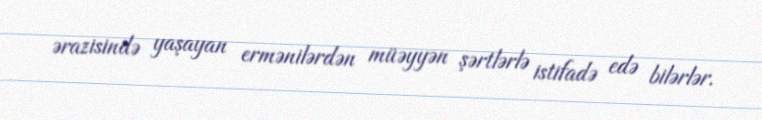
ərazisində yaşayan ermənilərdən müəyyən şərtlərlə istifadə edə bilərlər.